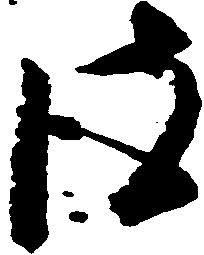
彼